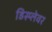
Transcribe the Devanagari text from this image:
डिस्प्लेवर